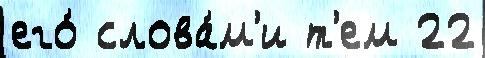
его́ слова́м'и т'ем 22